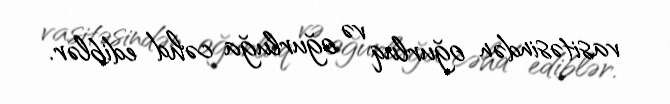
vasitəsindən oğurluq və oğurluğa cəhd ediblər.